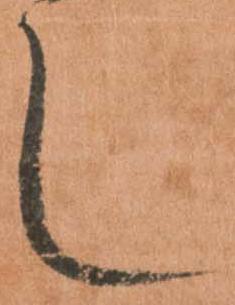
し